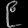
Digit: ၉